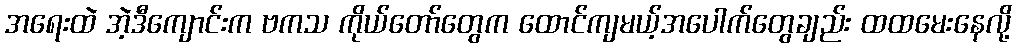
အရေးထဲ အဲ့ဒီကျောင်းက ဗကသ ကိုယ်တော်တွေက ထောင်ကျမယ့်အပေါက်တွေချည်း ထထမေးနေလို့